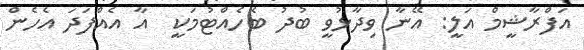
އަފްރާޝީމް އަލީ: އޭނާ ވިދާޅުވީ ބުދު ބެހެއްޓުމަކީ  އާ އެއްފަދަ އެހެން